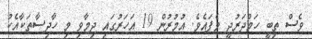
ވެސް ތިބީ ހަމްދަރުދީ ވެފައެވެ. އުމުރުން 19 އަހަރުގައި ދިމާވި މި ހާދިސާތަކާއެކު